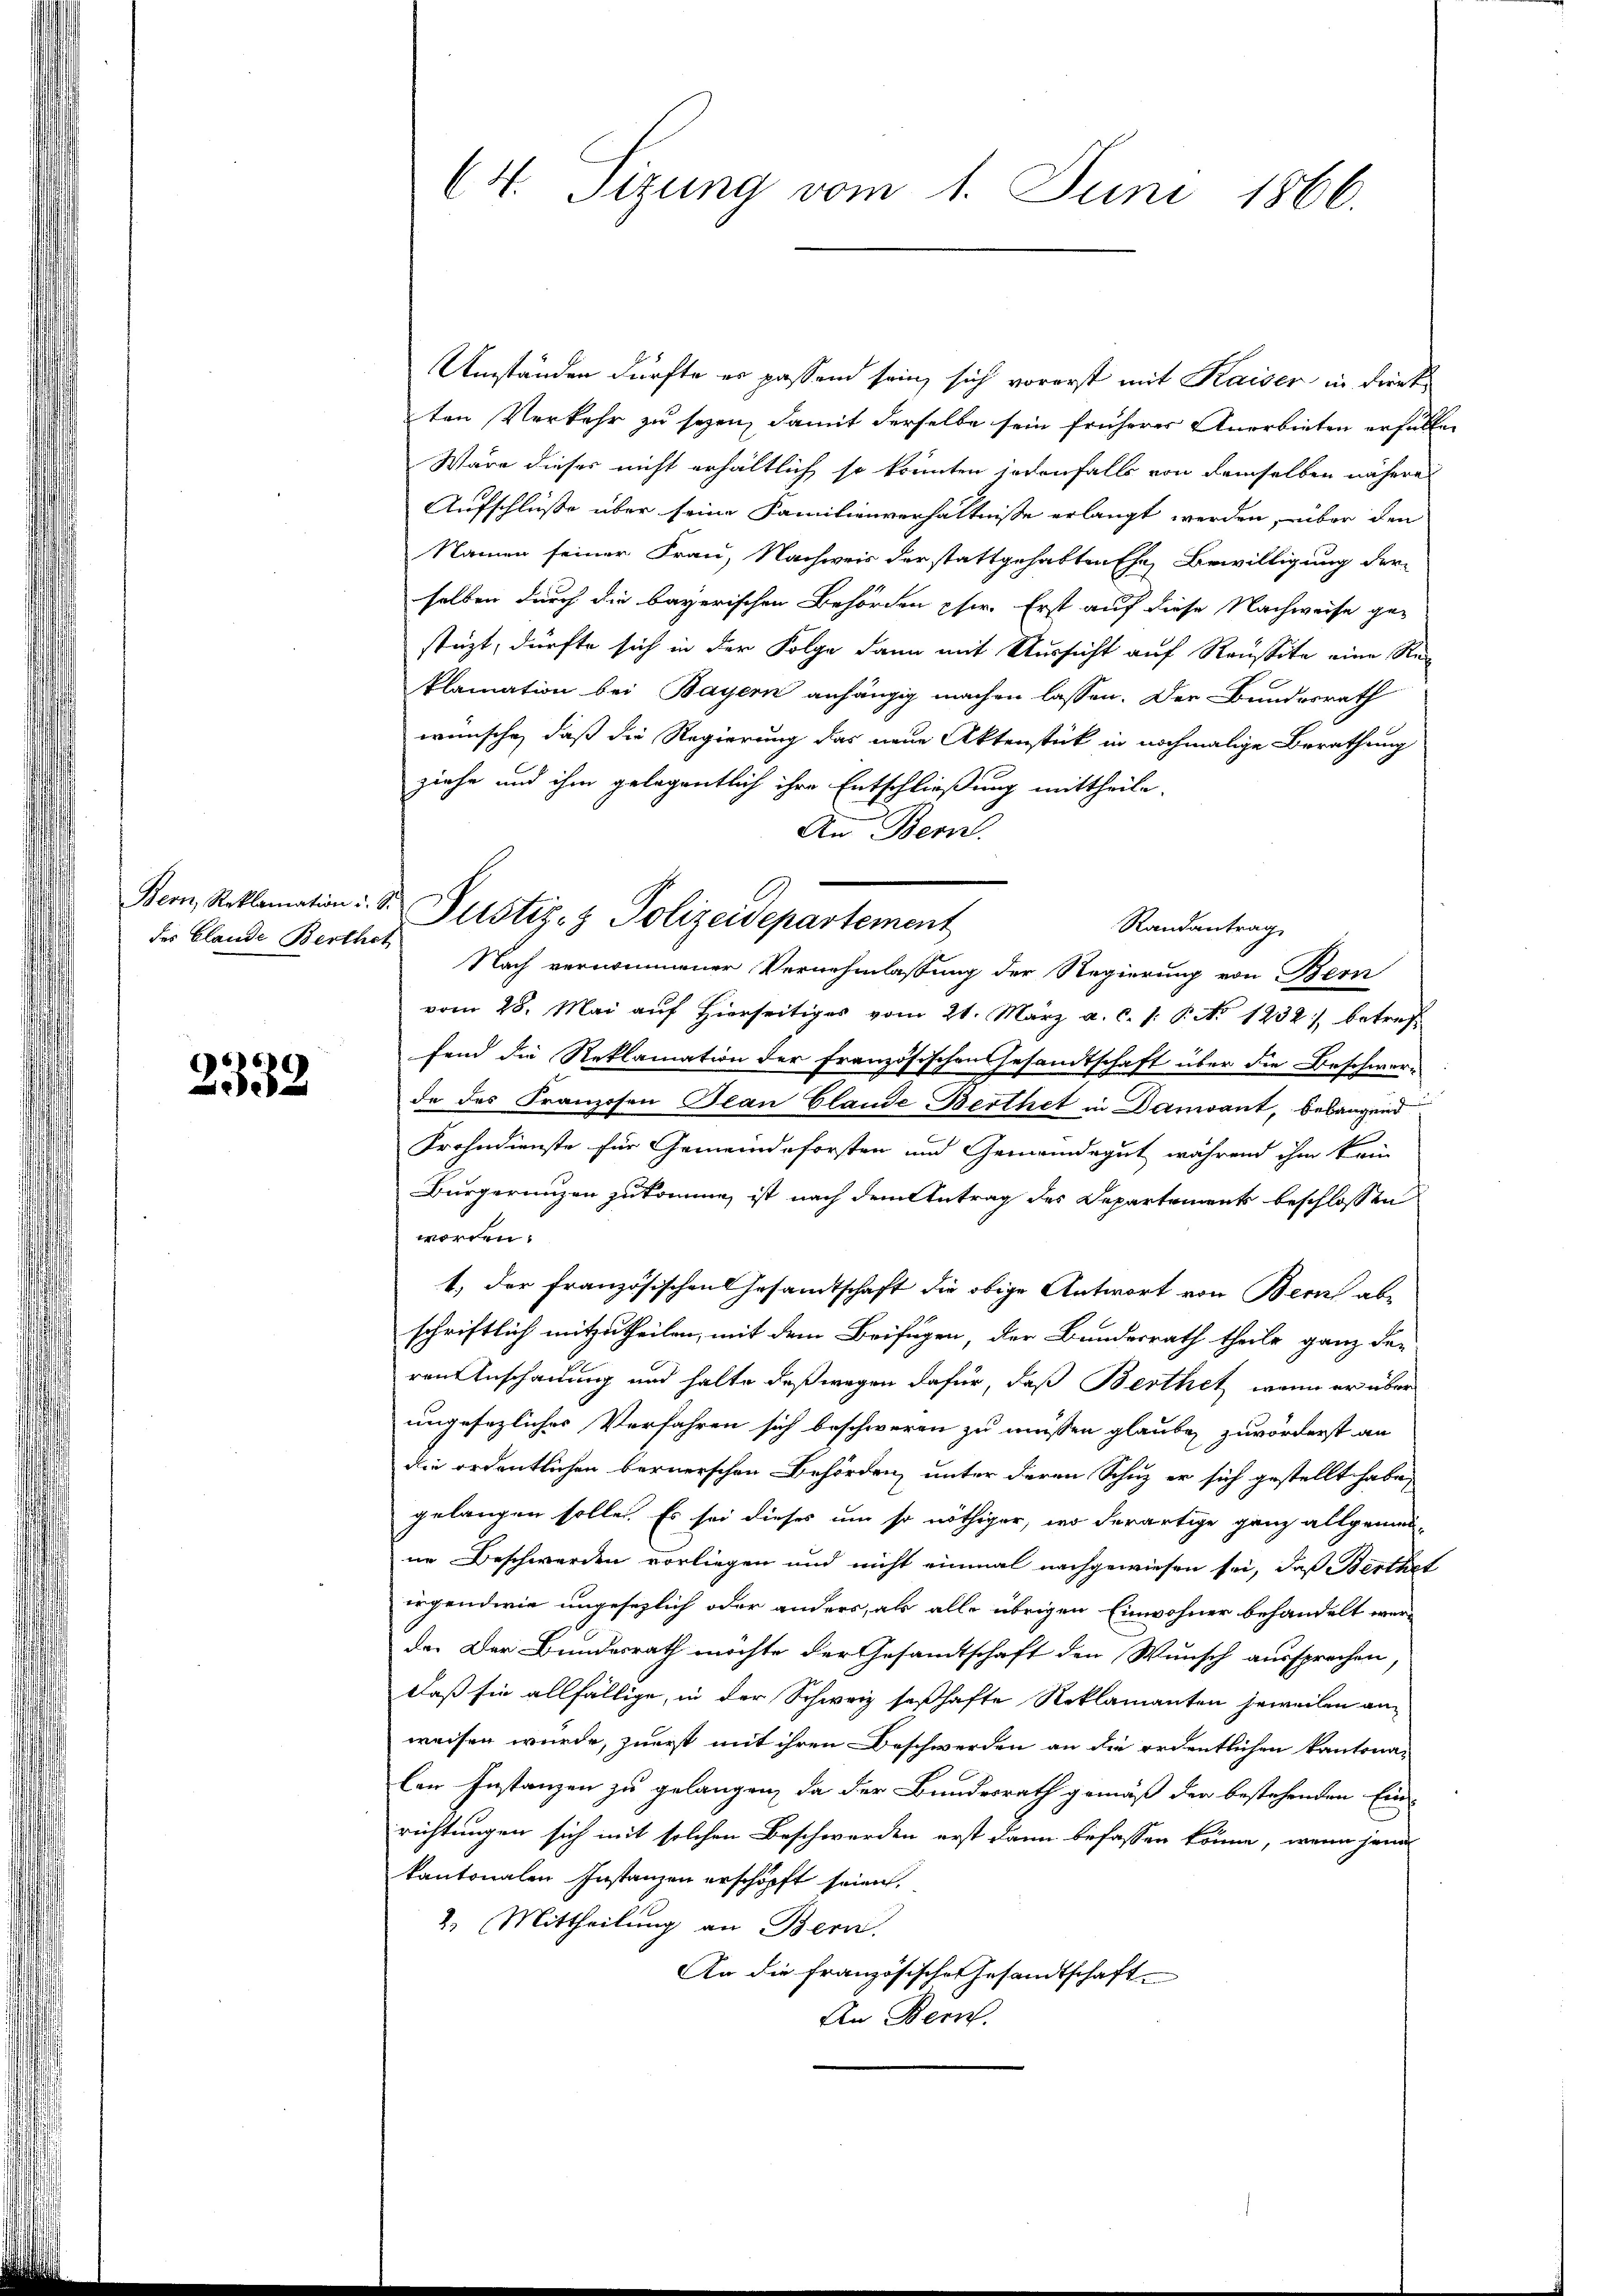
des Glande Berthet

2332

64. Sizung vom 1. Juni 1866.

Umständen dürfte er passend sein, sich vorerst mit Kaiser in dient
ten Verkehr zu sezen, damit derselbe sein früherer Anerbieten erfüllen
Wäre dieses nicht erhältlich so könnten jedenfalls von demselben nähere
Aufschlüße über seine Familienverhältnisse erlangt werden, über den
Namen seiner Frau, Nachweis der stattgehabten Ehe Bewilligung der
selben durch die bayerischen Behörden phir. Erst auf diese Nachweise gestüzt, dürfte sich in der Folge dann mit Aussicht auf Reussita eine Reklamation bei Bayern anhängig machen lassen. Der Bundesrath
wünsche, daß die Regierung das neue Aktenstück in nochmalige Berathung
ziehe und ihm gelegentlich ihre Entschließung mittheile.
An Bern.
Nach vernommener Vernehmlassung der Regierung von Bern
vom 28. Mai aŭf hierseitiges vom 21. März a. c. 1. P. No 1232), betref
fend die Reklamation der Französischens Gesandtschaft über die Beschwer-
de des Franzosen Jean Claude Berthet in Dandant, belangend
Frohndienste für Gemeindeforsten und Gemeindegut während ihm kein
Bürgerungen zukomme, ist nach dem Antrag des Departement beschlossen
worden.
1) der Französischen Gesamtschaft die obige Antwort von Bern abe
schriftlich mitzutheilen, mit dem Beifügen, der Bundesrath theile ganz den
ren Anschaidung und halte daß wegen dafür, daß Berthet, wenn er über
ungesezliches Verfahren sich beschweren zu müssen glauben zuvörderst an
die ordentlichen bernerschen Behörden, unter deren Schuz er sich gestellt habe,
gelangen solle. Es sei dieses um so nöthiger, wo derartige ganz allgemei-
ne Beschwerden vorliegen und nicht einmal nachgewiesen sei, daß Berthet
irgendwie ungesezlich oder anders, als alle übrigen Einwohner behandelt werda. Der Bundesrath möchte der Gesandtschaft den Wunsch aussprechen
Daß sie allfällige, in der Schweiz seßhafte Reklamanten jeweilen anweisen wurde, zuerst mit ihren Beschwerden an die ordentlichen Kantona-
len Instanzen zu gelangen, da der Bundesrath gemäß der bestehenden Ein-
richtungen sich mit solchen Beschwerden erst dann befassen könne, wenn jene
kantonalen Instanzen erschöpft seien,
2. Mittheilung an Bern.
An die französischen Gesandtschaft
An Bern.

Bern, Reklamation : S. Pustiz- & Polizeidepartement

Randantrag